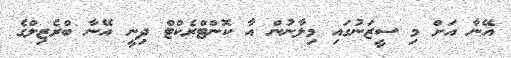
އޭނާ އަށް މި ސީޒަނުގައި މިލާނުން އާ ކޮންޓްރެކްޓް ދިނީ އޭނާ ބްރެޒިލްގެ